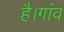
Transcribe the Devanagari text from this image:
है।गांव